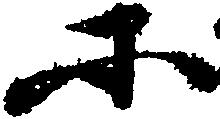
所